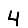
Digit: 4